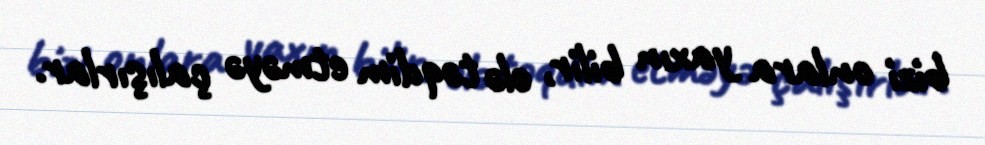
bizi onlara yaxın bilir, elə təqdim etməyə çalışırlar.